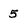
Character: 5